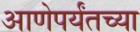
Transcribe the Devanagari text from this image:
आणेपर्यंतच्या